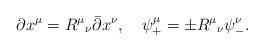
LaTeX: \begin{align*}\partial x^\mu = R^\mu{}_\nu \bar{\partial} x^\nu, \quad \psi^\mu_+ = \pm R^\mu{}_\nu \psi^\nu_-.\end{align*}